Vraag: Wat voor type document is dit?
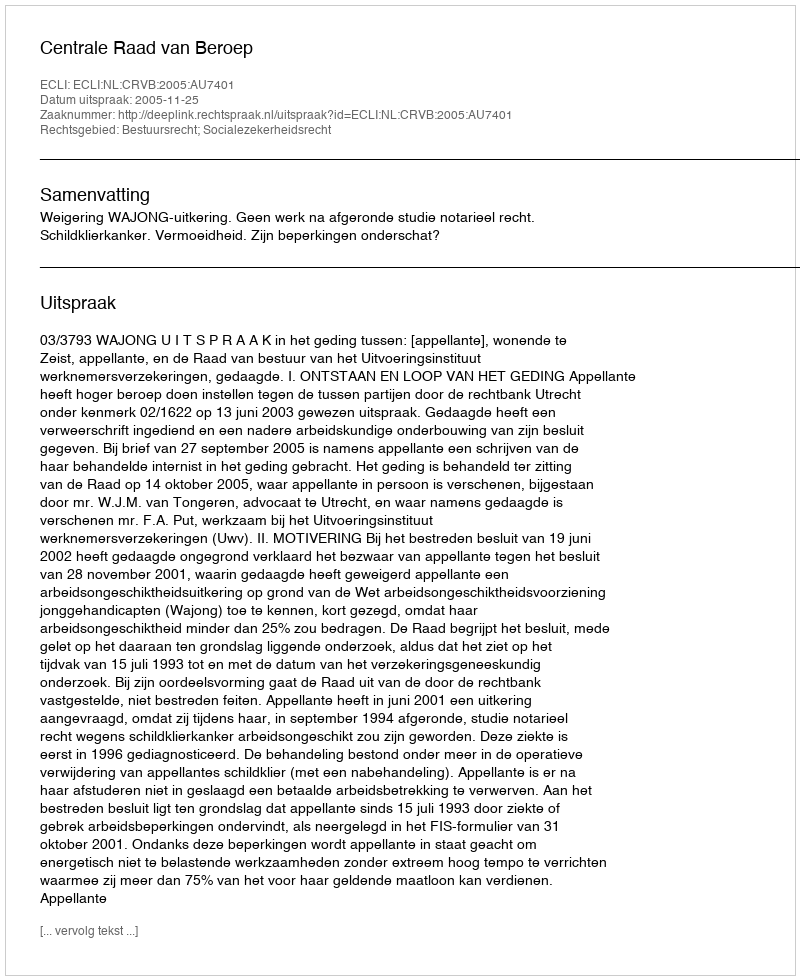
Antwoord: Uitspraak